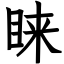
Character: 睐